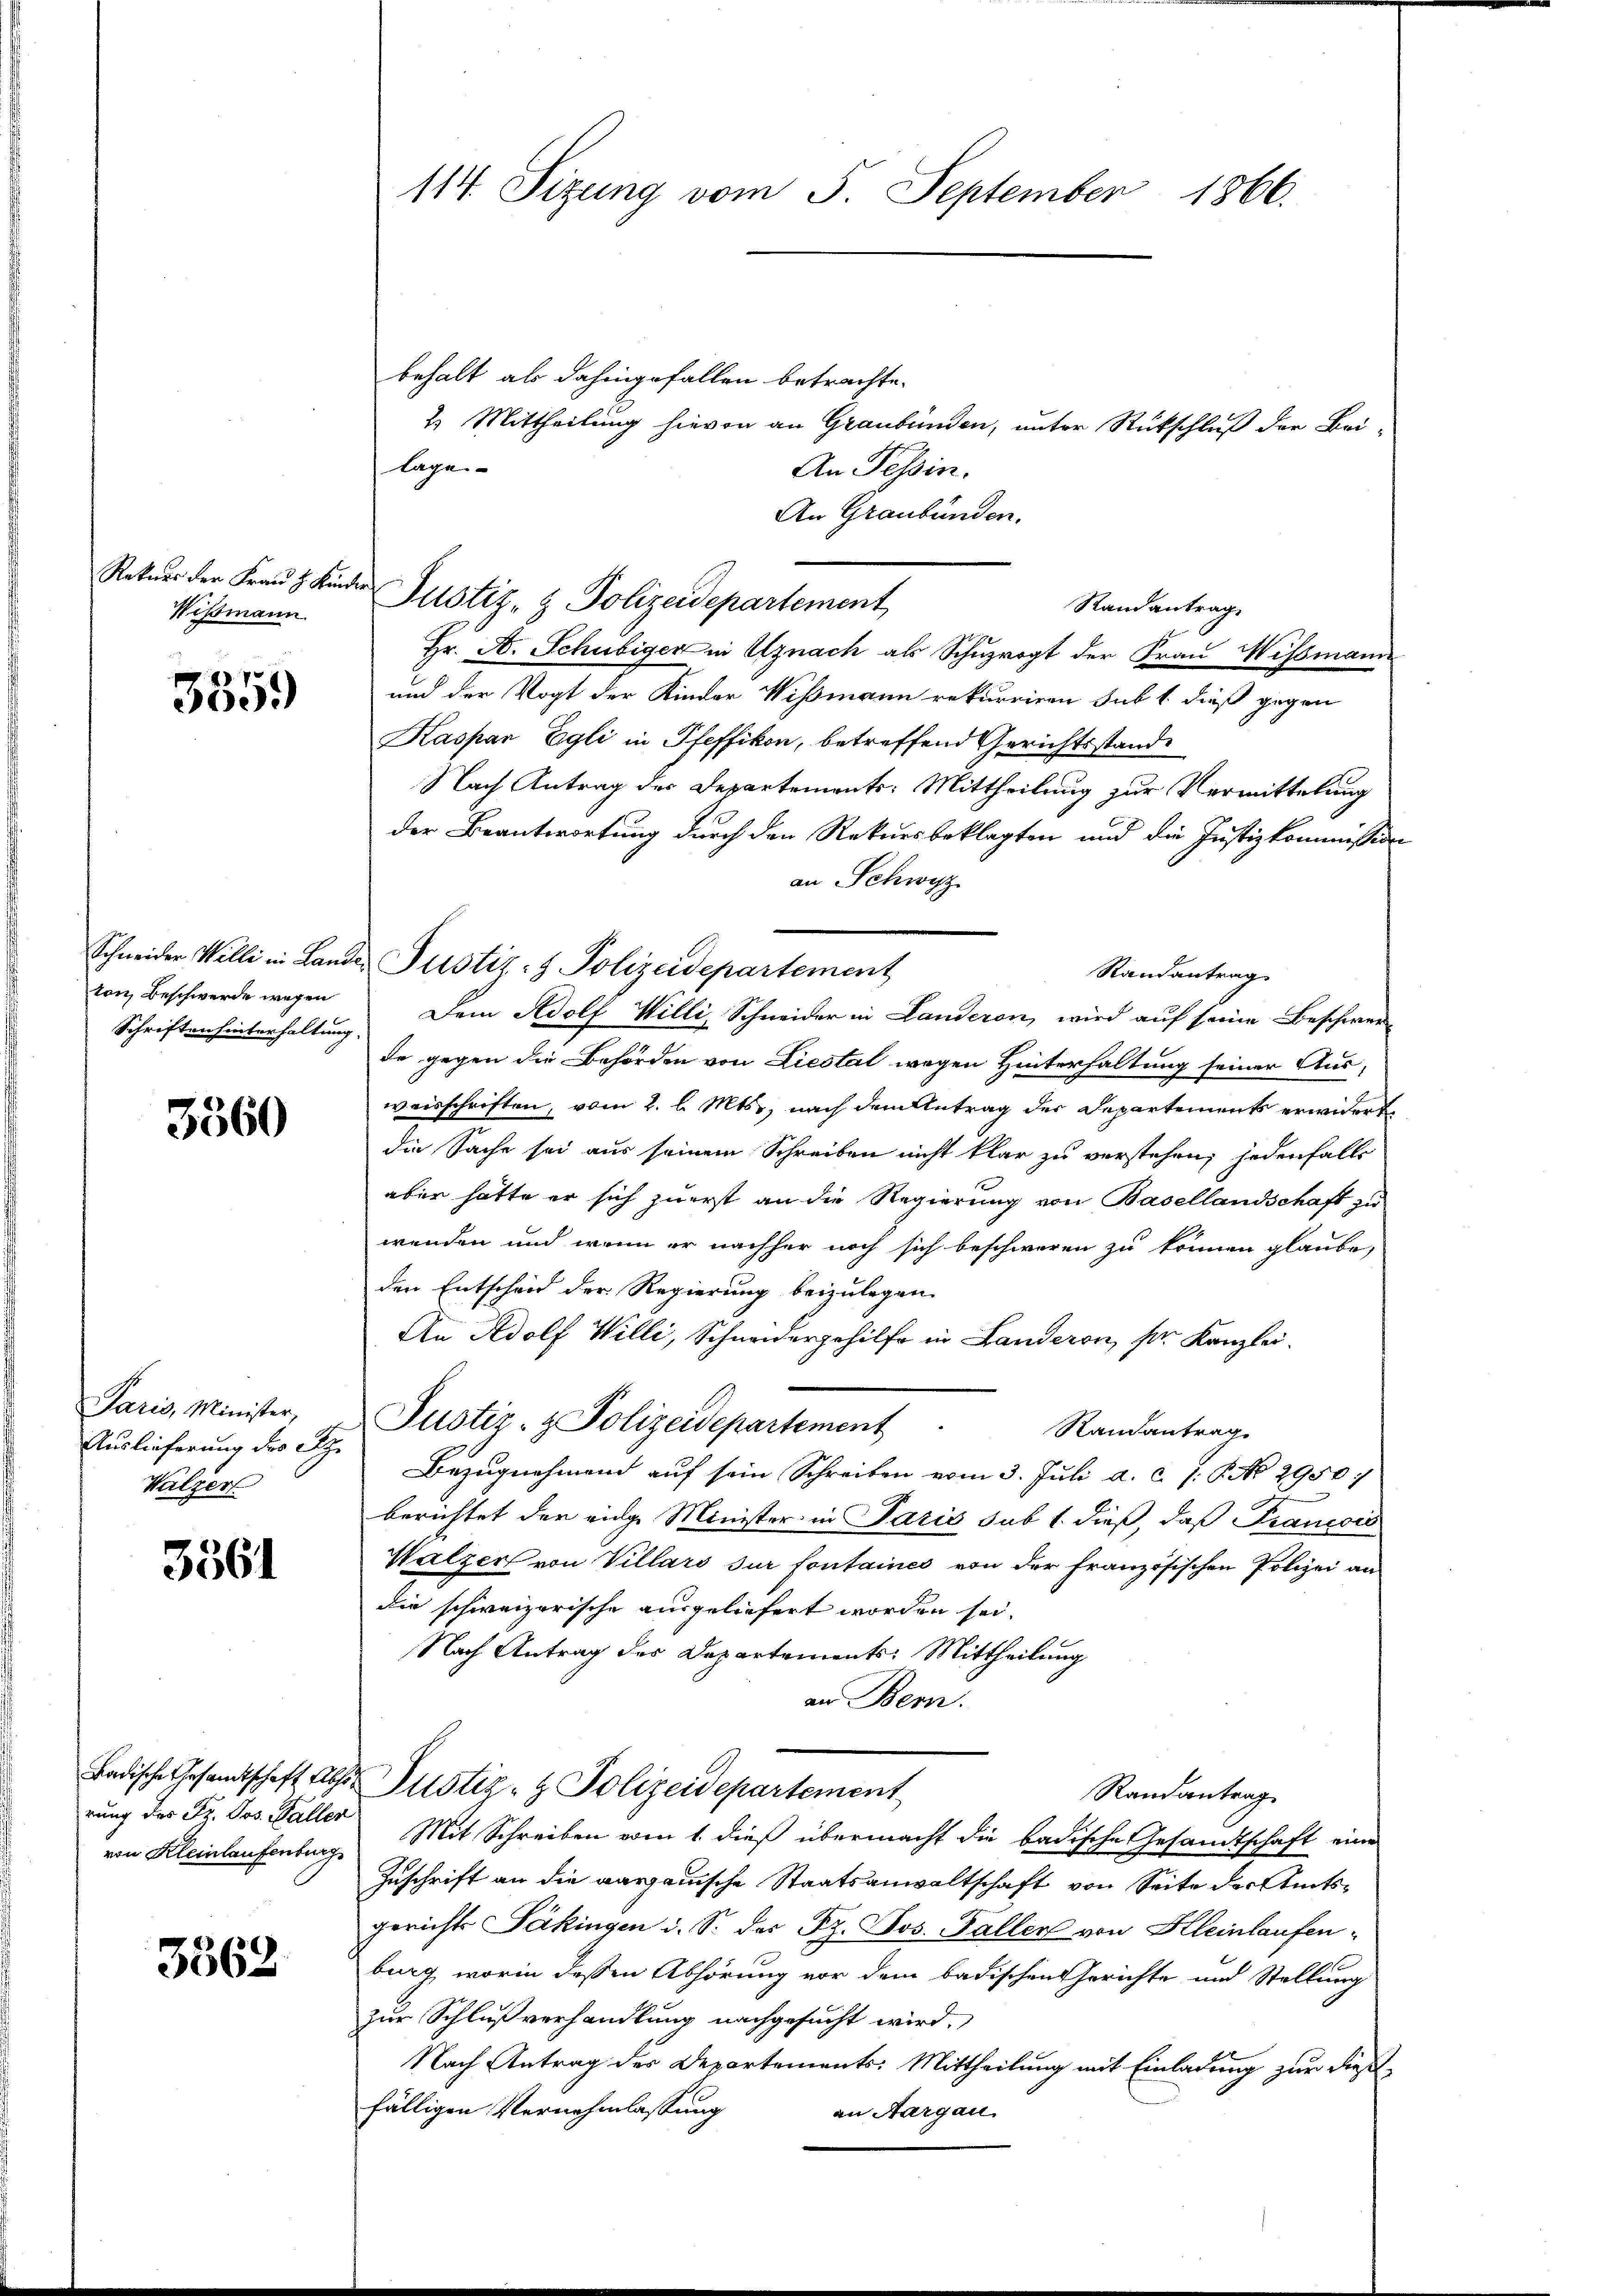
Rekurs der Frau H. Kinder
Wismann.

385.

ton, Beschwerde wegen
Schriften hinterhaltung

3360

Paris, Minister,
Auslieferung des St.
Walzer

3561

von Kleinlaufenburg

3362

114. Sizung vom 5. September 1866.

Schneider Willi in Lande Pustiz- & Polizeidepartement

behalt als dahingefallen betrachte.
4 Mittheilung hievon an Graubünden, unter Rückschluß der Beilage
An Tessin.
An Graubünden.
Justiz- & Polizeidepartement
Hr. A. Schubiger in Uznach als Schuprogt der Frau Wissmann
und der Vogt der Kinder Wismann rekurriren sub 1. dieß gegen
Kaspar Egli in Pfeffikon, betreffend Gerichtsstande
Nach Antrag der Departements: Mittheilung zur Vermittelung
der Beantwortung durch den Rekursbeklagten und die Justizkommission
an Schwyz
Randantrag
Dem Adolf Willi, Schneider in Landeren, wird auf seine Beschwere
de gegen die Behörden von Liestal wegen Hinterhaltung seiner Ausweisschriften, vom 2. l. Mts., nach dem Antrag der Departements erwidert
die Sache sei aus seinem Schreiben nicht klar zu verstehen; jedenfalls
aber hätte er sich zuerst an die Regierung von Basellandschaft zu
wenden und wenn er nachher noch sich beschweren zu können glaube,
den Entscheid der Regierung beizulegen.
An Adolf Willi, Schneidergehilfe in Landeren, ser Kanzlei.
Justiz- & Polizeidepartement
Randantrag
Bezŭgnehmend aŭf sein Schreiben vom 3. Jŭli a. c. J. P. No. 2950:
berichtet der eidge Minister in Paris sub 1. dieß, daß Francois
Walzer von Villars sur fontaines von der französischen Polizei an
die schweizerische ausgeliefert worden sei.
Nach Antrag des Departements: Mittheilung
an Bern.
Badische Gesandtschaft also Pustiz- & Polizeidepartement
Randantrag
rung des Fr. Jos. Baller Mit Schreiben vom 1. dieß übermacht die badische Gesandtschaft eine
Zuschrift an die aargauische Staatsanwaltschaft von Seite der Amtsgerichts Päkingen d. S. der Sz. Jos. Faller von Kleinlaufenburg, worin dessen Abhörung vor dem badischen Gerichte und Stellung
zur Schlußverhandlung nachgesucht wird.
Nach Antrag des Departements: Mittheilung mit Einladung zur dießfälligen Vernehmlassung
an Aargau

Randantrag